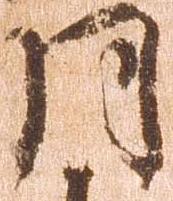
月